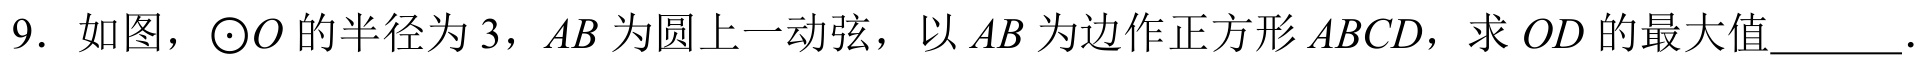
9. 如图，\(\odot O\)的半径为\(3\)，\(AB\)为圆上一动弦，以\(AB\)为边作正方形\(ABCD\)，求\(OD\)的最大值  ．